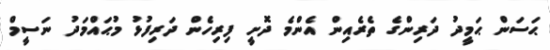
ޙަސަން ޙަމީދު ދަރިންގެ ތެރެއިން އެންމެ ދޮށީ ފިރިހެން ދަރިފުޅު މުޙައްމަދު ނަސީމް